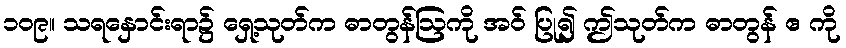
၁၀၉။ သရနှောင်းရာ၌ ရှေ့သုတ်က ဓာတွန်ဩကို အဝ် ပြု၍ ဤသုတ်က ဓာတွန် ဧ ကို